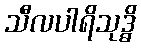
သီလပါရိသုဒ္ဓိ